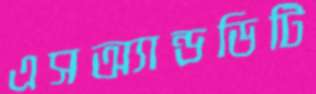
এসঅ্যান্ডডিটি